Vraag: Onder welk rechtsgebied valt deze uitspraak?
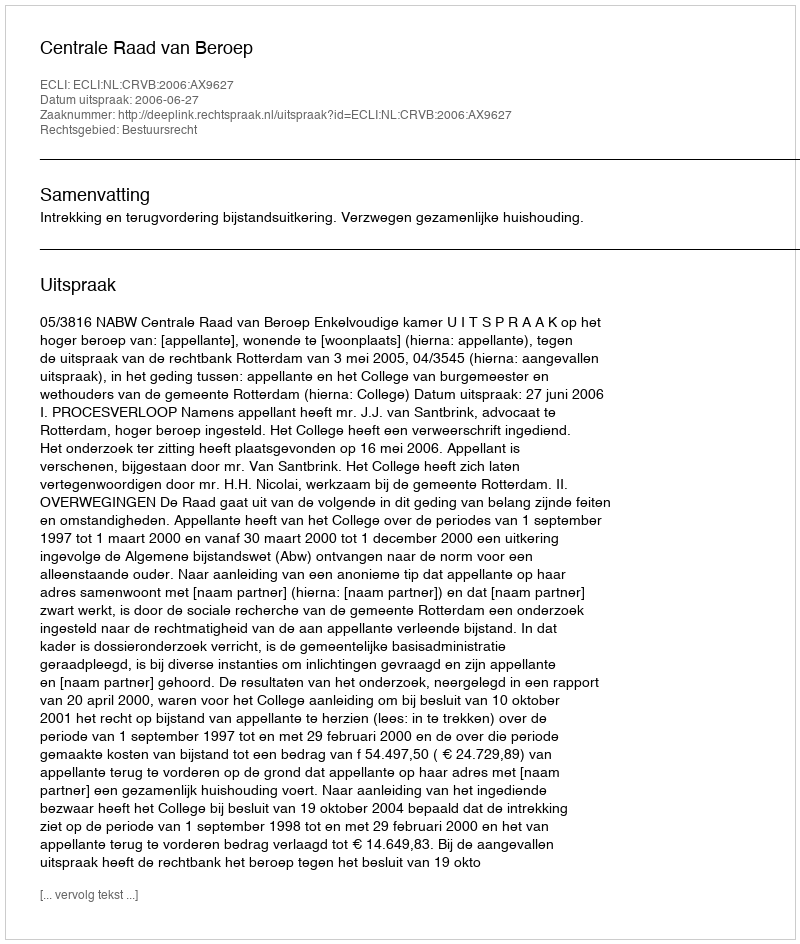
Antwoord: Bestuursrecht